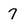
Character: 7